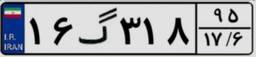
۱۶گ۳۱۸۹۵